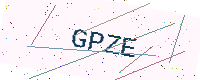
Text: GPZE